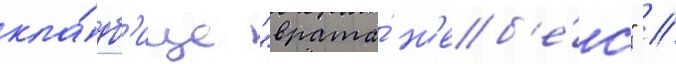
кла́дб'ище "врата́ н'еб'е́с" //